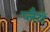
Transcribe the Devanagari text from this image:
प्लैटों